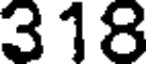
318